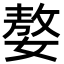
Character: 嫯